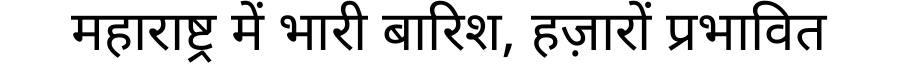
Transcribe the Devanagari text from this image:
महाराष्ट्र में भारी बारिश, हज़ारों प्रभावित